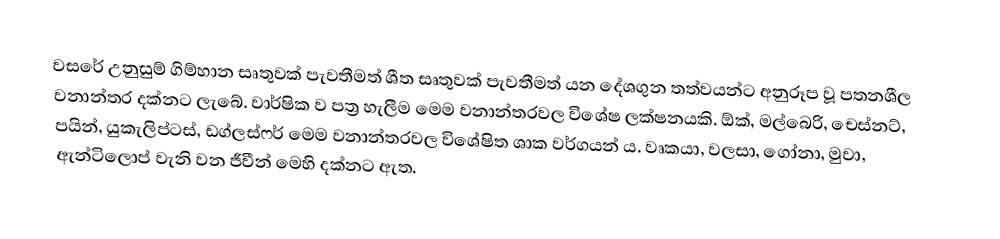
වසරේ උනුසුම් ගිම්හාන සෘතුවක් පැවතීමත් ශීත සෘතුවක් පැවතීමත් යන දේශගුන  තත්වයන්ට අනුරූප වූ පතනශීල වනාන්තර දක්නට ලැබේ. වාර්ෂික ව පත්‍ර හැලීම මෙම වනාන්තරවල විශේෂ ලක්ෂනයකි. ඕක්, මල්බෙරි, චෙස්නට්, පයින්, යුකැලිප්ටස්, ඩග්ලස්ෆර් මෙම වනාන්තරවල විශේෂිත ශාක වර්ගයන් ය. වෘකයා, වලසා, ගෝනා, මුවා, ඇන්ටිලොප් වැනි වන ජීවීන් මෙහි දක්නට ඇත.